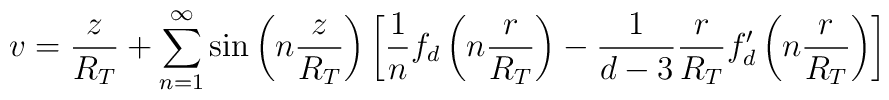
v = \frac{z}{R_T} + \sum_{n=1}^\infty \sin\left( n \frac{z}{R_T} \right)\left[ \frac{1}{n} f_d \left(n\frac{r}{R_T} \right) - \frac{1}{d-3}\frac{r}{R_T} f_d'\left(n \frac{r}{R_T} \right)  \right]